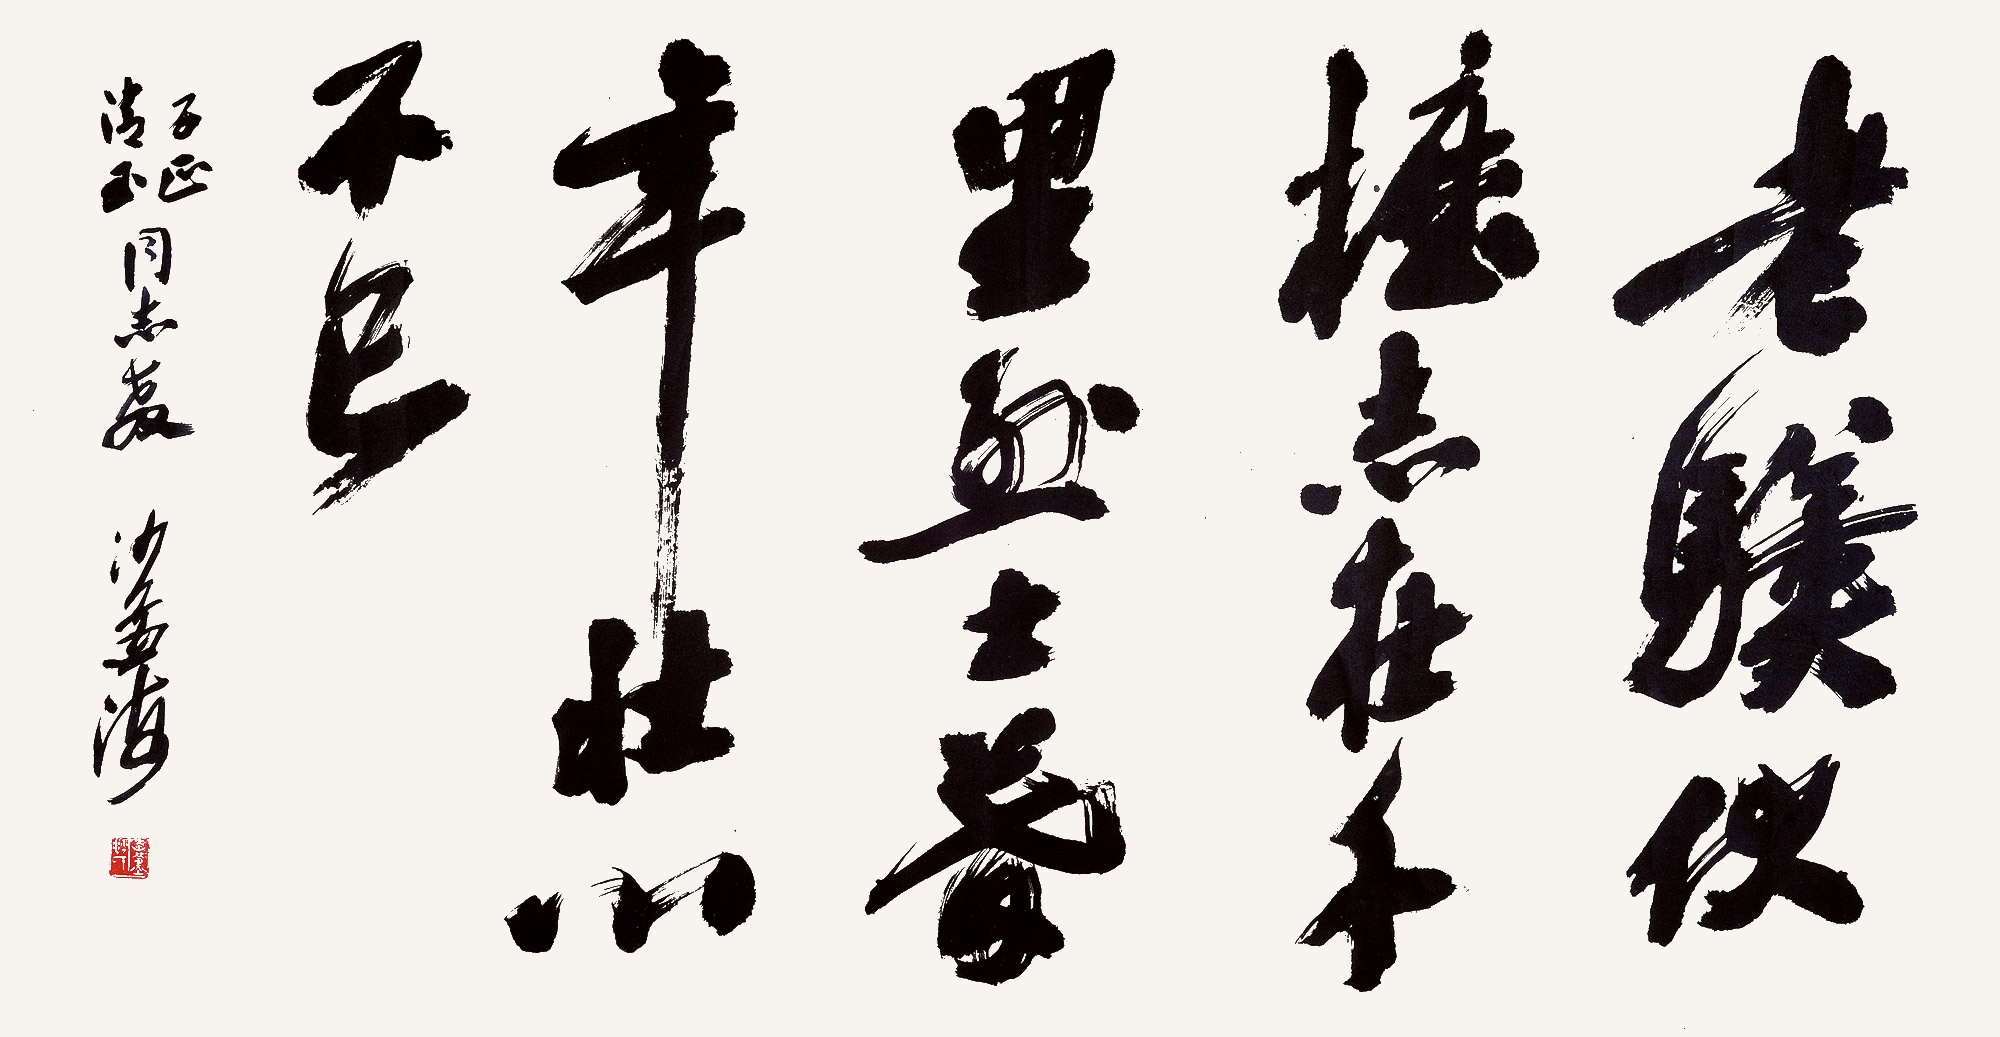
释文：老骥伏枥，志在千里。烈士暮年，壮心不已。子正、清玉同志教，沙孟海。